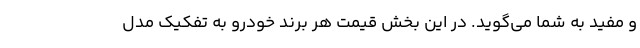
و مفید به شما می‌گوید. در این بخش قیمت هر برند خودرو به تفکیک مدل